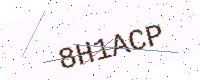
Text: 8H1ACP